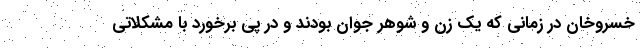
خسروخان در زمانی که یک زن و شوهر جوان بودند و در پی برخورد با مشکلاتی